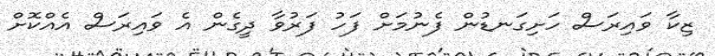
ޒިކާ ވައިރަސް ހަށިގަނޑުން ފެނުމަށް ފަހު ފަރުވާ ދީގެން އެ ވައިރަސް އެއްކޮށް